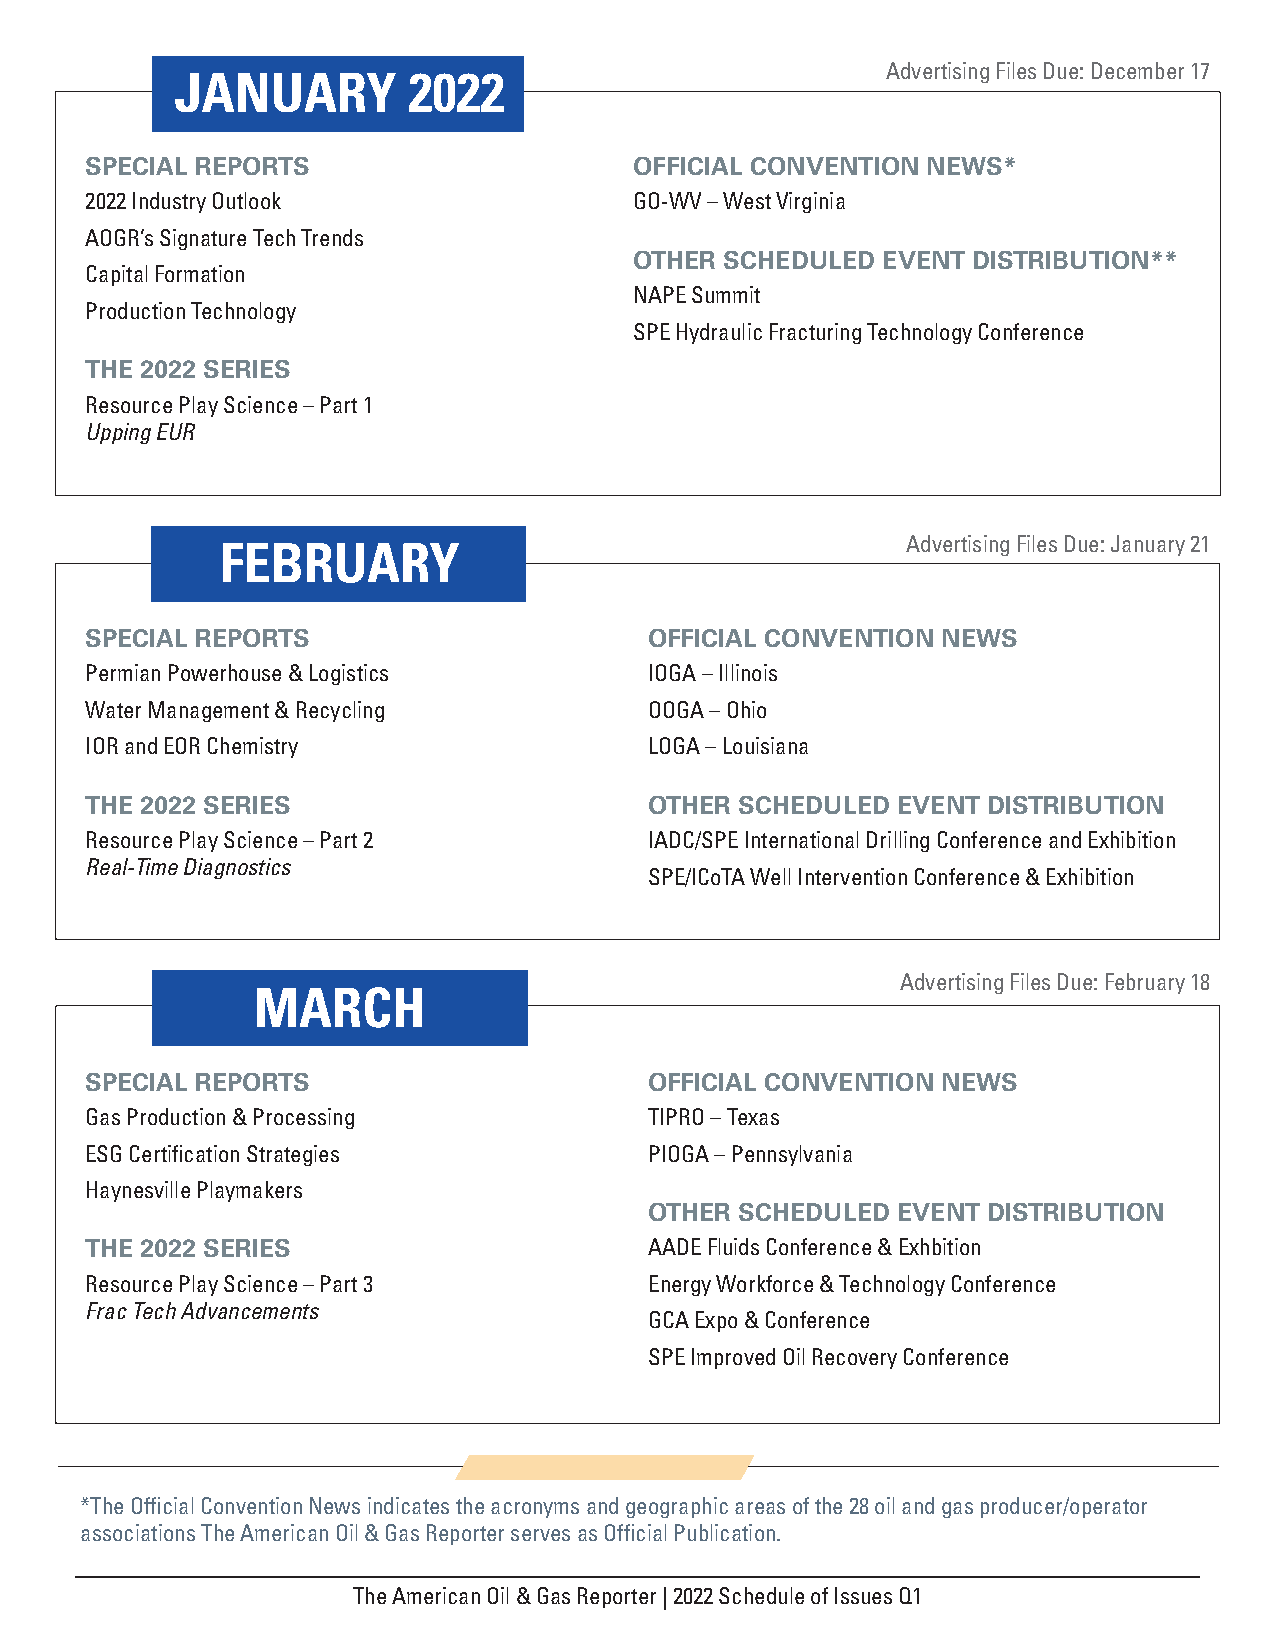
JANUARY        2022                            Advertising Files Due: December 17
 SPECIAL REPORTS                     OFFICIAL CONVENTION NEWS*
 2022 Industry Outlook               GO-WV – West Virginia
 AOGR’s Signature Tech Trends
 OTHER SCHEDULED EVENT DISTRIBUTION**
 Capital Formation
 NAPE Summit
 Production Technology
 SPE Hydraulic Fracturing Technology Conference
 THE 2022 SERIES
 Resource Play Science – Part 1
 Upping EUR
 FEBRUARY                                     Advertising Files Due: January 21
 SPECIAL REPORTS                      OFFICIAL CONVENTION NEWS
 Permian Powerhouse & Logistics       IOGA – Illinois
 Water Management & Recycling         OOGA – Ohio
 IOR and EOR Chemistry                LOGA – Louisiana
 THE 2022 SERIES                      OTHER SCHEDULED EVENT DISTRIBUTION
 Resource Play Science – Part 2       IADC/SPE International Drilling Conference and Exhibition
 Real-Time Diagnostics
 SPE/ICoTA Well Intervention Conference & Exhibition
 MARCH                                      Advertising Files Due: February 18
 SPECIAL REPORTS                      OFFICIAL CONVENTION NEWS
 Gas Production & Processing          TIPRO – Texas
 ESG Certification Strategies         PIOGA – Pennsylvania
 Haynesville Playmakers
 OTHER SCHEDULED EVENT DISTRIBUTION
 THE 2022 SERIES                      AADE Fluids Conference & Exhbition
 Resource Play Science – Part 3       Energy Workforce & Technology Conference
 Frac Tech Advancements
 GCA Expo & Conference
 SPE Improved Oil Recovery Conference
 *The Official Convention News indicates the acronyms and geographic areas of the 28 oil and gas producer/operator
 associations The American Oil & Gas Reporter serves as Official Publication.
 The American Oil & Gas Reporter | 2022 Schedule of Issues Q1